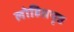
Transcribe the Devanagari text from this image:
लोहितपृष्ठ